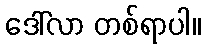
ဒေါ်လာ တစ်ရာပါ။